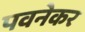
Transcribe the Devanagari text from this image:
पवनेकर